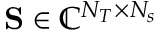
\mathbf { S } \in \mathbb { C } ^ { N _ { T } \times N _ { s } }